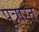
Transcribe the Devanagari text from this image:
पुत्रास्ते